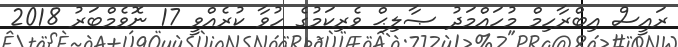
ރައީސް އިބްރާހިމް މުހައްމަދު ޞާލިޙް ވެރިކަމުގެ ހުވާ ކުރެއްވީ 17 ނޮވެމްބަރު 2018